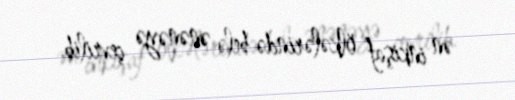
ən inkişaf ölkələrində belə ənənəyə çevrilib.